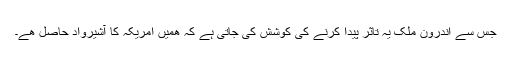
جس سے اندرون ملک یہ تاثر پیدا کرنے کی کوشش کی جاتی ہے کہ ھمیں امریکہ کا آشیرواد حاصل ھے۔